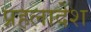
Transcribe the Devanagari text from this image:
प्रहलादेश